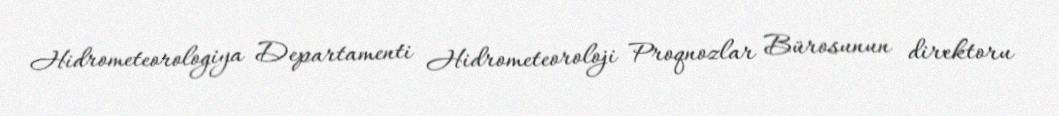
Hidrometeorologiya Departamenti Hidrometeoroloji Proqnozlar Bürosunun direktoru